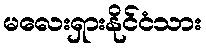
မလေးရှားနိုင်ငံသား